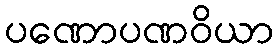
ပဏောပဏဝိယာ